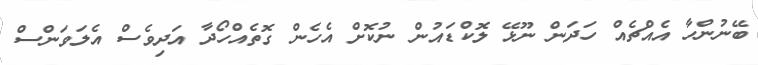
ބޭނުންހާ އެއްޗެއް ހަދަން ނޫޅޭ ލޮކްޑައުން ނުކޮށް އެހެން ގޮތެއްހޯދާ އަދިވެސް އެލަވަންސް